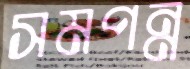
সমপন্ন